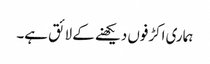
ہماری اکڑفوں دیکھنے کے لائق ہے۔